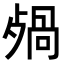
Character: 𣨷